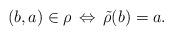
LaTeX: \begin{align*} (b,a)\in\rho\,\Leftrightarrow\,\tilde{\rho}(b)=a.\end{align*}